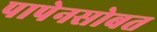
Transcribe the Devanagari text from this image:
पापेनसोबत